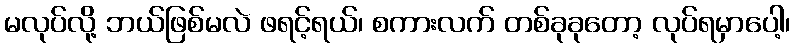
မလုပ်လို့ ဘယ်ဖြစ်မလဲ ဖရင့်ရယ်၊ စကားလက် တစ်ခုခုတော့ လုပ်ရမှာပေါ့၊